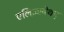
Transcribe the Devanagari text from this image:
एलिज़ाबेथम्